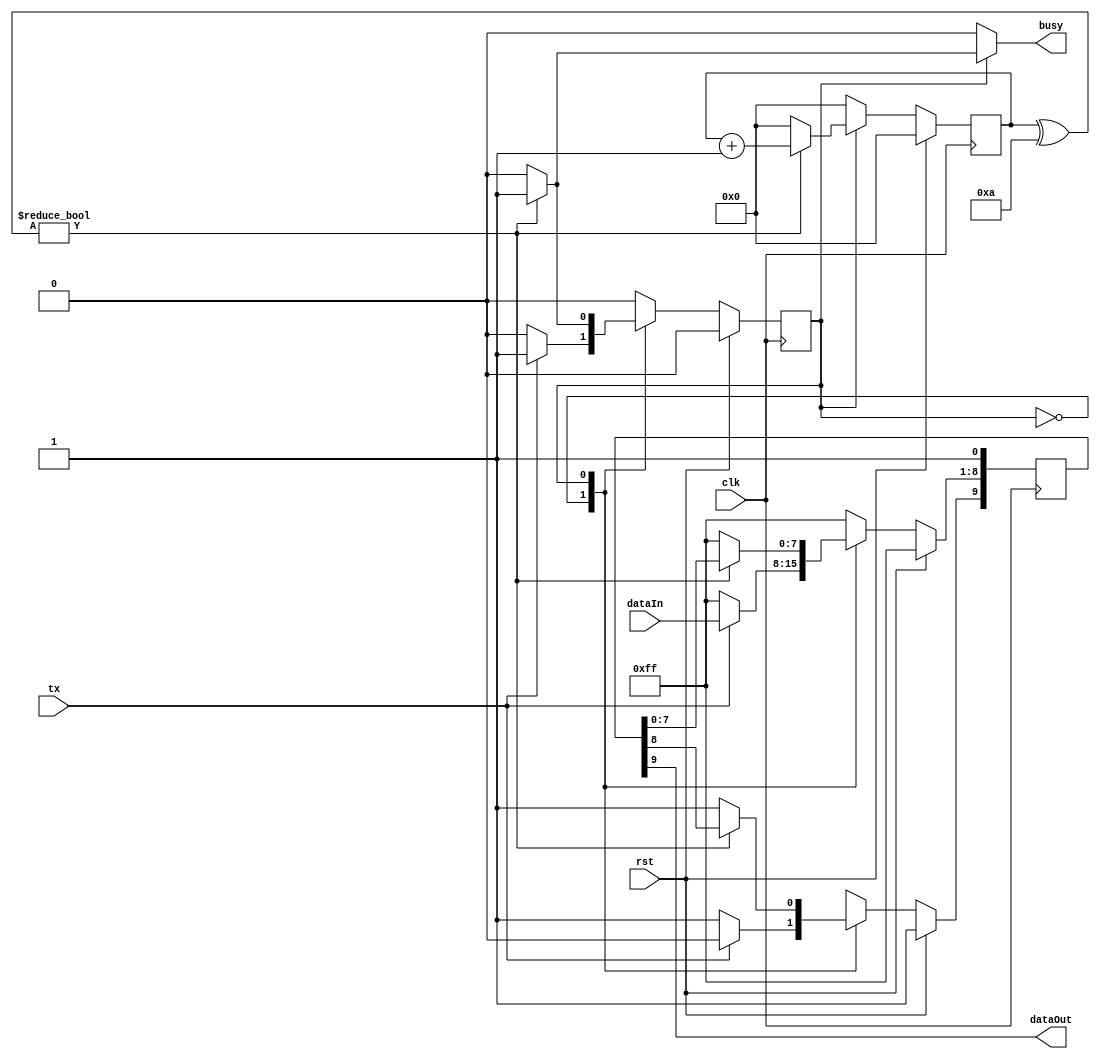
/*
DESCRIPTION
A UART_TX statemachine for UART transmit comm.

NOTES
	BIT_WIDTH = bit width, usually 8 or 7
	START_BIT = start bit value
	The STOP_BIT is assumes to not the START_BIT.

	Module uses a counter and state machine. The state machine is basic, an idle state and a transmit state.
	The counter is used to count number of shifts. on the data line. Data is shifted to the left.
	
	Will have issues with bit lengths over 14 (should never happen), but can change but changing CNT_WIDTH. Could improve with log2 function block.

TODO

*/

module uart_tx_r0 #(
	parameter BIT_WIDTH = 8,
	parameter START_BIT = 0
)(
	input clk,
	input rst,
	input [BIT_WIDTH-1:0] dataIn,
	input tx,
	output busy,
	output dataOut
);

/**********
 * Internal Signals
**********/
localparam STATE_WIDTH = 1; //only 2 states
localparam CNT_WIDTH = 4; //bit width of 4 counts up to 16
localparam s_IDLE = 1'h0;
localparam s_TX_DATA = 1'h1;

//for state machine, use the equiv of 2 process vhdl construct. Next values are assigned based on combinatorial logic, feeding into registers to make sequential.
reg [STATE_WIDTH-1:0] next_state;
reg [STATE_WIDTH-1:0] state;
reg [CNT_WIDTH-1:0] cnt;
reg [CNT_WIDTH-1:0] next_cnt;
reg [BIT_WIDTH+2 - 1:0] data_tx; //must add two extra bits, one for start and one for stop bit
reg [BIT_WIDTH+2 - 1:0] next_data;

reg busy_tmp; //why do we need this signal? Busy is an output, and thus a wire. We want to register busy to keep the timing correct.
				//We could have used "output reg busy," above but this prevents us from doing any combinatorial logic on busy which is needed pretty often.
				//In this case we could have used "output reg busy" but I chose not to for demonstration.

wire [CNT_WIDTH-1:0] bitwidth; // This wire exist for an optimization explained below. It holds the bitwidth which is the max value of the counter.
/**********
 * Glue Logic 
 **********/
assign bitwidth = BIT_WIDTH+2; //extra two for start and stop bits

/**********
 * Synchronous Logic
 **********/
always @(posedge clk) begin
	if(rst == 1'b1) begin
		//reset cnt, state, and data
		state <= s_IDLE;
		cnt <= 4'h0;
		data_tx[BIT_WIDTH+1] = ~START_BIT; //start bit disabled
		data_tx[0] = ~START_BIT; //stop bit
		data_tx[BIT_WIDTH:1] <= {(BIT_WIDTH){1'b1}}; //we need to register the data as it goes out
	end
	else begin
		//on the clk, assign next_state to state
		state <= next_state;
		cnt <= next_cnt;
		data_tx <= next_data;
	end
end

/**********
 * Combinatorial Logic
 **********/
//bitwidth is added to sensitivity list even though not needed since never changes, makes warnings go away
always @(state,cnt,dataIn,data_tx,tx,bitwidth) begin

	//default values 
	busy_tmp <= 1'b0;
				
	next_data[BIT_WIDTH+1] = ~START_BIT; //start bit disabled
	next_data[BIT_WIDTH:1] <= {(BIT_WIDTH){1'b1}};//data is stop bit (not the start bit) if idling
	next_data[0] = ~START_BIT; //stop bit
	
	next_cnt <= 4'h0;//when cnt not incremented, reset value
	next_state <= s_IDLE;//when state not assigned, go to idle

	case(state)
		s_IDLE:
			//if the start bit gets hit, move to capturing data state
			if(tx) begin
				next_state <= s_TX_DATA;
				next_data[BIT_WIDTH+1] = START_BIT; //start bit
				next_data[BIT_WIDTH:1] <= dataIn;//lock in the data to send
				next_data[0] = ~START_BIT; //stop bit
			end 
			else begin
				next_state <= s_IDLE;
				next_data[BIT_WIDTH+1] <= ~START_BIT; //stop bit
			end
			
		s_TX_DATA:
			//if the cnt reaches the max, move back to looking for start bit
			//if(cnt != BIT_WIDTH) begin //This would be nice, but unfortunatly it cast cnt to a 32 bit value which is inefficient
			if(cnt^bitwidth) begin //same as !=, this is better since it only uses an xor gate to do the comparision and essentially truncated BIT_WIDTH
				next_data[BIT_WIDTH+1:1] <= data_tx[BIT_WIDTH:0]; //data moves through shift register to the left
				busy_tmp <= 1'b1;
				next_cnt <= cnt+1;
				next_state <= s_TX_DATA;
			end
	endcase
end
/**********
 * Glue Logic 
 **********/
/**********
 * Components
 **********/
/**********
 * Output Combinatorial Logic
 **********/
assign busy = busy_tmp;
assign dataOut = data_tx[BIT_WIDTH+1];


endmodule